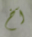
آخ